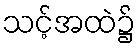
သင့်အထဲ၌